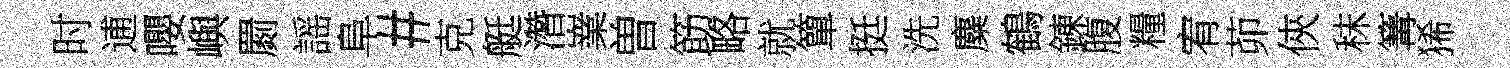
时逋嚶嶼罽謡阜#克艇濳嶪曽筯略就簞挺洗麋鶴錬腹糧宥茆俠秣篝狶